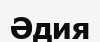
Әдия